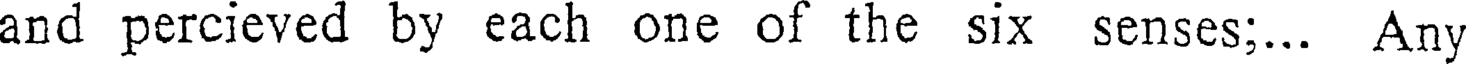
and percieved by each one of the six senses;... Any